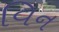
વિન